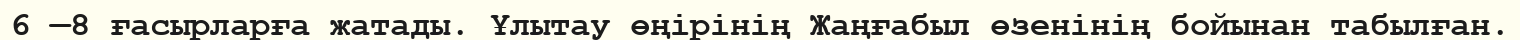
6 —8 ғасырларға жатады. Ұлытау өңірінің Жаңғабыл өзенінің бойынан табылған.